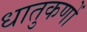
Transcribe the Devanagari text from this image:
धातुकणों